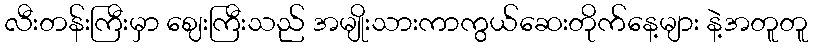
လီးတန်းကြီးမှာ ဈေးကြီးသည် အမျိုးသားကာကွယ်ဆေးတိုက်နေ့များ နဲ့အတူတူ